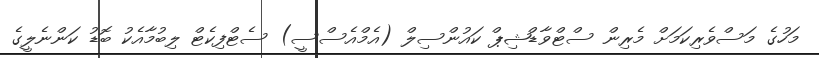
މަހުގެ މަސްވެރިކަމަށް މެރިން ސްޓްވާޑްޝިޕް ކައުންސިލް (އެމްއެސްސީ) ސެޓްފިކެޓް ލިބުމާއެކު ބޮޑު ކަންނެލީގެ